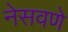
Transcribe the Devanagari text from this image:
नेसवणे